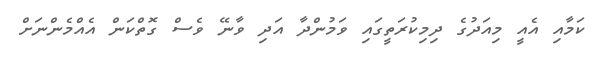
ކަމާއި އެއީ މިއަދުގެ ދިމިކުރަތީގައި ވަމުންދާ އަދި ވާނޭ ވެސް ގޮތްކަން އެއްމެންނަށް